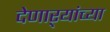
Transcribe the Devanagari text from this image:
देणाऱ्यांच्या